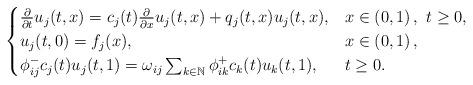
LaTeX: \begin{align*}\begin{cases}\frac{\partial}{\partial t}u_j(t,x)=c_j(t)\frac{\partial}{\partial x}u_j(t,x)+q_j(t,x)u_j(t,x),&x\in\left(0,1\right),\ t\geq 0,\\u_j(t,0)= f_j(x),&x\in\left(0,1\right),\\ \phi^-_{ij}c_j(t)u_j(t,1)=\omega_{ij}\sum_{k\in\mathbb{N}}{\phi^+_{ik}c_k(t)u_k(t,1)},&t\geq0.\end{cases}\end{align*}